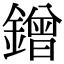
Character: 鏳